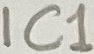
Text: IC1